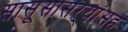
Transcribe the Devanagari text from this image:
सासूसासऱ्यांसह